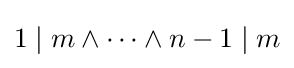
1\mid m\land \dots \land n-1\mid m